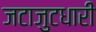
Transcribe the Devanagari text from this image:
जटाजुटधारी